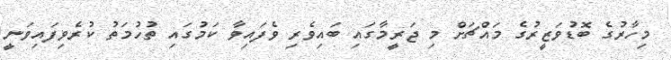
މިހާރުގެ ބޮޑުވަޒީރުގެ މައްޗަށް މި ޖަރީމާގައި ބައިވެރި ވެފައިވާ ކަމުގައި ތުހުމަތު ކުރެވިފައިވަނީ